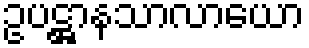
ဥပဋ္ဌာနသာလာယော